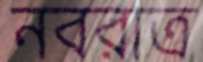
নবরাত্র